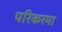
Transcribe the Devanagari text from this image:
परिकरमा